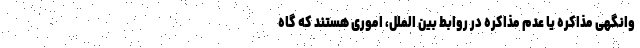
وانگهی مذاکره یا عدم مذاکره در روابط بین الملل، اموری هستند که گاه